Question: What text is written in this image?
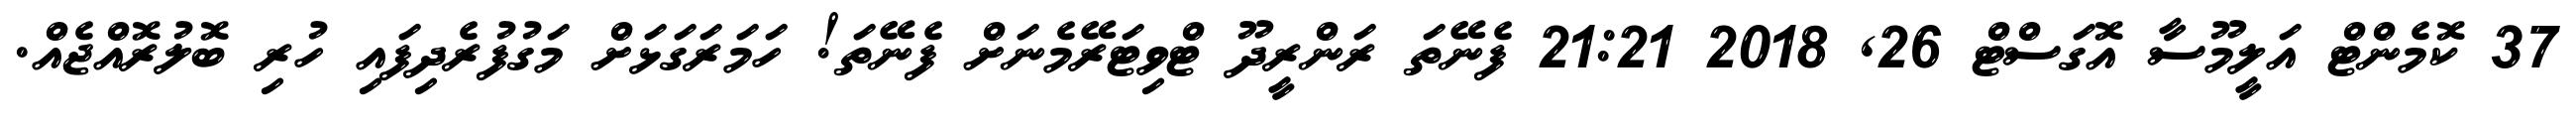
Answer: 37 ކޮމެންޓް އަލީމޫސާ އޮގަސްޓް 26, 2018 21:21 ފެނޭތަ ރަންރީދޫ ޓްވިޓަރޭމެނަށް ފެނޭތަ! ހަމަރަގަޅަށް މަގުފުރެދިފައި ހުރި ބޮލުރޮއްޖެއް.